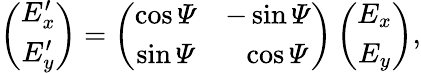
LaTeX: \begin{array}{r}{\left(\begin{array}{c}{E_{x}^{\prime}}\\ {E_{y}^{\prime}}\end{array}\right)=\left(\begin{array}{cc}{\cos{\mathit\Psi}}&{-\sin{\mathit\Psi}}\\ {\sin{\mathit\Psi}}&{\ \ \cos{\mathit\Psi}}\end{array}\right)\left(\begin{array}{c}{E_{x}}\\ {E_{y}}\end{array}\right),}\end{array}